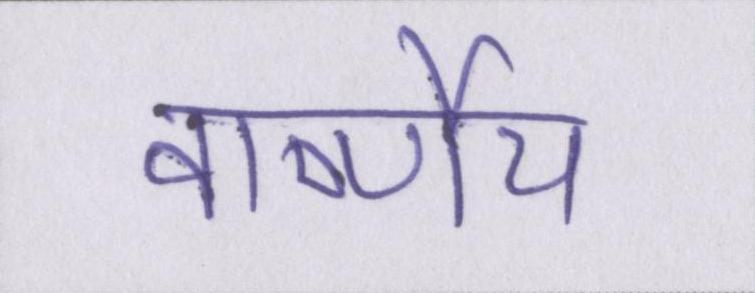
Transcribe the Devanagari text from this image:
वार्ष्णेय